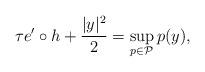
LaTeX: \begin{align*}\tau e^{\prime}\circ h+\frac{|y|^{2}}{2}=\sup_{p\in\mathcal{P}}p(y),\end{align*}